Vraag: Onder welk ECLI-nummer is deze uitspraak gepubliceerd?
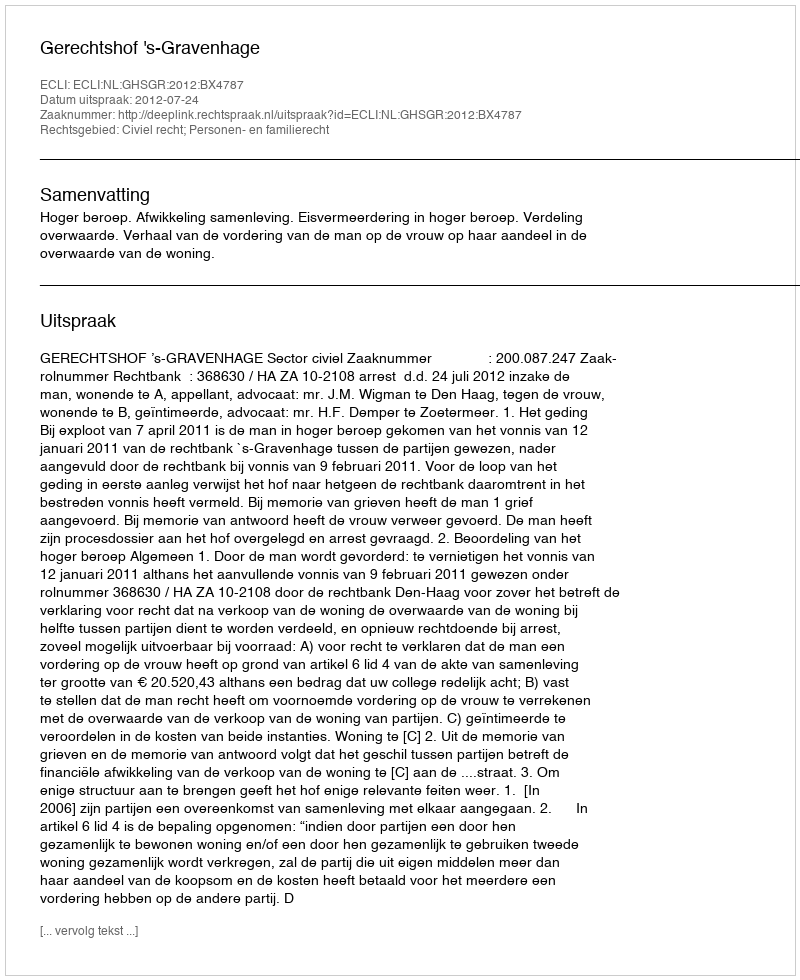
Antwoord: ECLI:NL:GHSGR:2012:BX4787